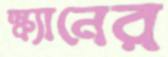
স্ক্যানের